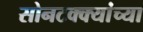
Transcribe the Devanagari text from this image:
सोनटक्क्यांच्या